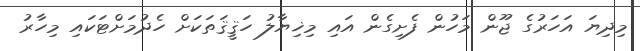
މިދިޔަ އަހަރުގެ ޖޫން މަހުން ފެށިގެން އައި މިޚިޔާލު ހަޤީޤަތަކަށް ހެދުމަށްޓަކައި މިހާރު